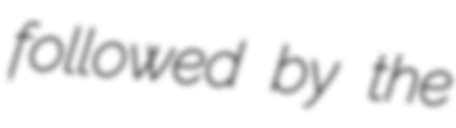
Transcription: followed by the